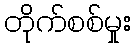
တိုက်စစ်မှုး